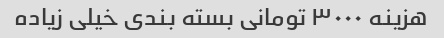
هزینه ٣٠٠٠ تومانی بسته بندی خیلی زیاده